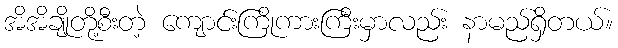
အိအိချိုတို့စီးတဲ့ ကျောင်းကြိုကားကြီးမှာလည်း နာမည်ရှိတယ်။